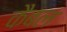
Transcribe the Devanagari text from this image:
कैबल